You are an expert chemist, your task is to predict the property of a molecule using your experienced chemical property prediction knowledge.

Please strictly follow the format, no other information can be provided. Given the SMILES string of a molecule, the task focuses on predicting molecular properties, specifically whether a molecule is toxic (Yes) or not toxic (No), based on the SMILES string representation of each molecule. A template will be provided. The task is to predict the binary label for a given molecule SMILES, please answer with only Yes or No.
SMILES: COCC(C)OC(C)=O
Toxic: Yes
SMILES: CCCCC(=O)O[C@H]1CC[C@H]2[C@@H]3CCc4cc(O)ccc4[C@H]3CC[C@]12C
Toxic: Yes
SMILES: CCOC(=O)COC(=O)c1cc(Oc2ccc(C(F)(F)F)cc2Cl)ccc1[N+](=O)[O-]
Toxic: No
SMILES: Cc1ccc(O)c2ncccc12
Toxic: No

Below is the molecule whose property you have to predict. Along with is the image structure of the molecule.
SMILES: C=C(C)C(=O)OCCCC
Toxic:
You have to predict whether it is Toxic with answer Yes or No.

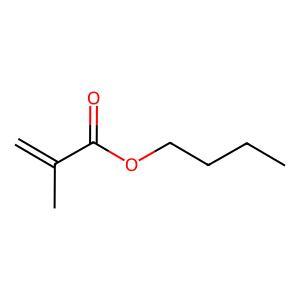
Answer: No